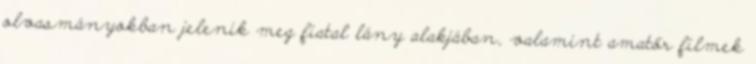
olvasmányokban jelenik meg fiatal lány alakjában, valamint amatőr filmek